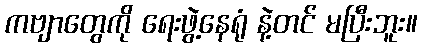
ကဗျာတွေကို ရေးဖွဲ့နေရုံ နဲ့တင် မပြီးဘူး။